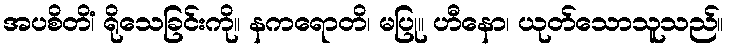
အပစိတိံ၊ ရိုသေခြင်းကို။ နကရောတိ၊ မပြု။ ဟီနော၊ ယုတ်သောသူသည်။